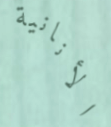
الأنانية